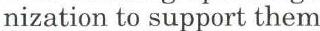
nization to support them